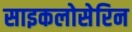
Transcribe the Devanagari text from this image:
साइकलोसेरिन